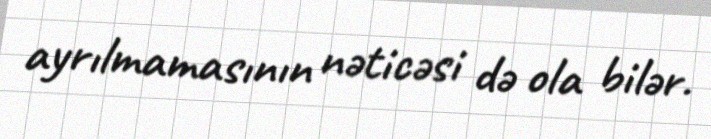
ayrılmamasının nəticəsi də ola bilər.